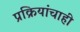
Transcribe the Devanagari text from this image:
प्रक्रियांचाही